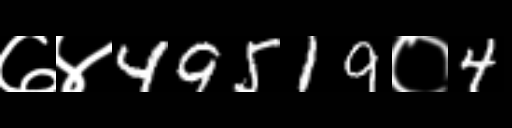
Text: ७४49519०4